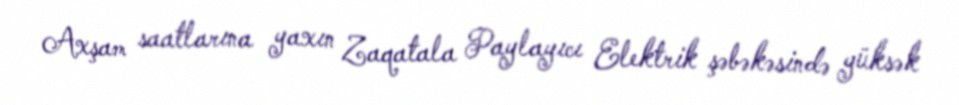
Axşam saatlarına yaxın Zaqatala Paylayıcı Elektrik şəbəkəsində yüksək